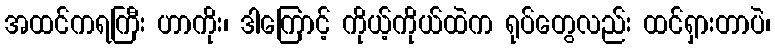
အထင်ကရကြီး ဟာကိုး၊ ဒါကြောင့် ကိုယ့်ကိုယ်ထဲက ရုပ်တွေလည်း ထင်ရှားတာပဲ၊